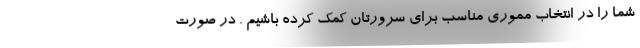
شما را در انتخاب مموری مناسب برای سرورتان کمک کرده باشیم . در صورت